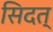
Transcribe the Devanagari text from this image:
सिदत्